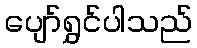
ပျော်ရွှင်ပါသည်